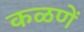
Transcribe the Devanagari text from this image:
कळणें